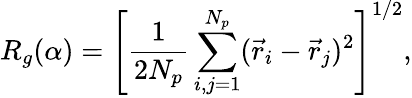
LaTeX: R_{g}(\alpha)=\left[\frac{1}{2N_{p}}\sum_{i,j=1}^{N_{p}}(\vec{r}_{i}-\vec{r}_{j})^{2}\right]^{1/2},